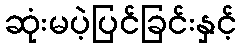
ဆုံးမပဲ့ပြင်ခြင်းနှင့်